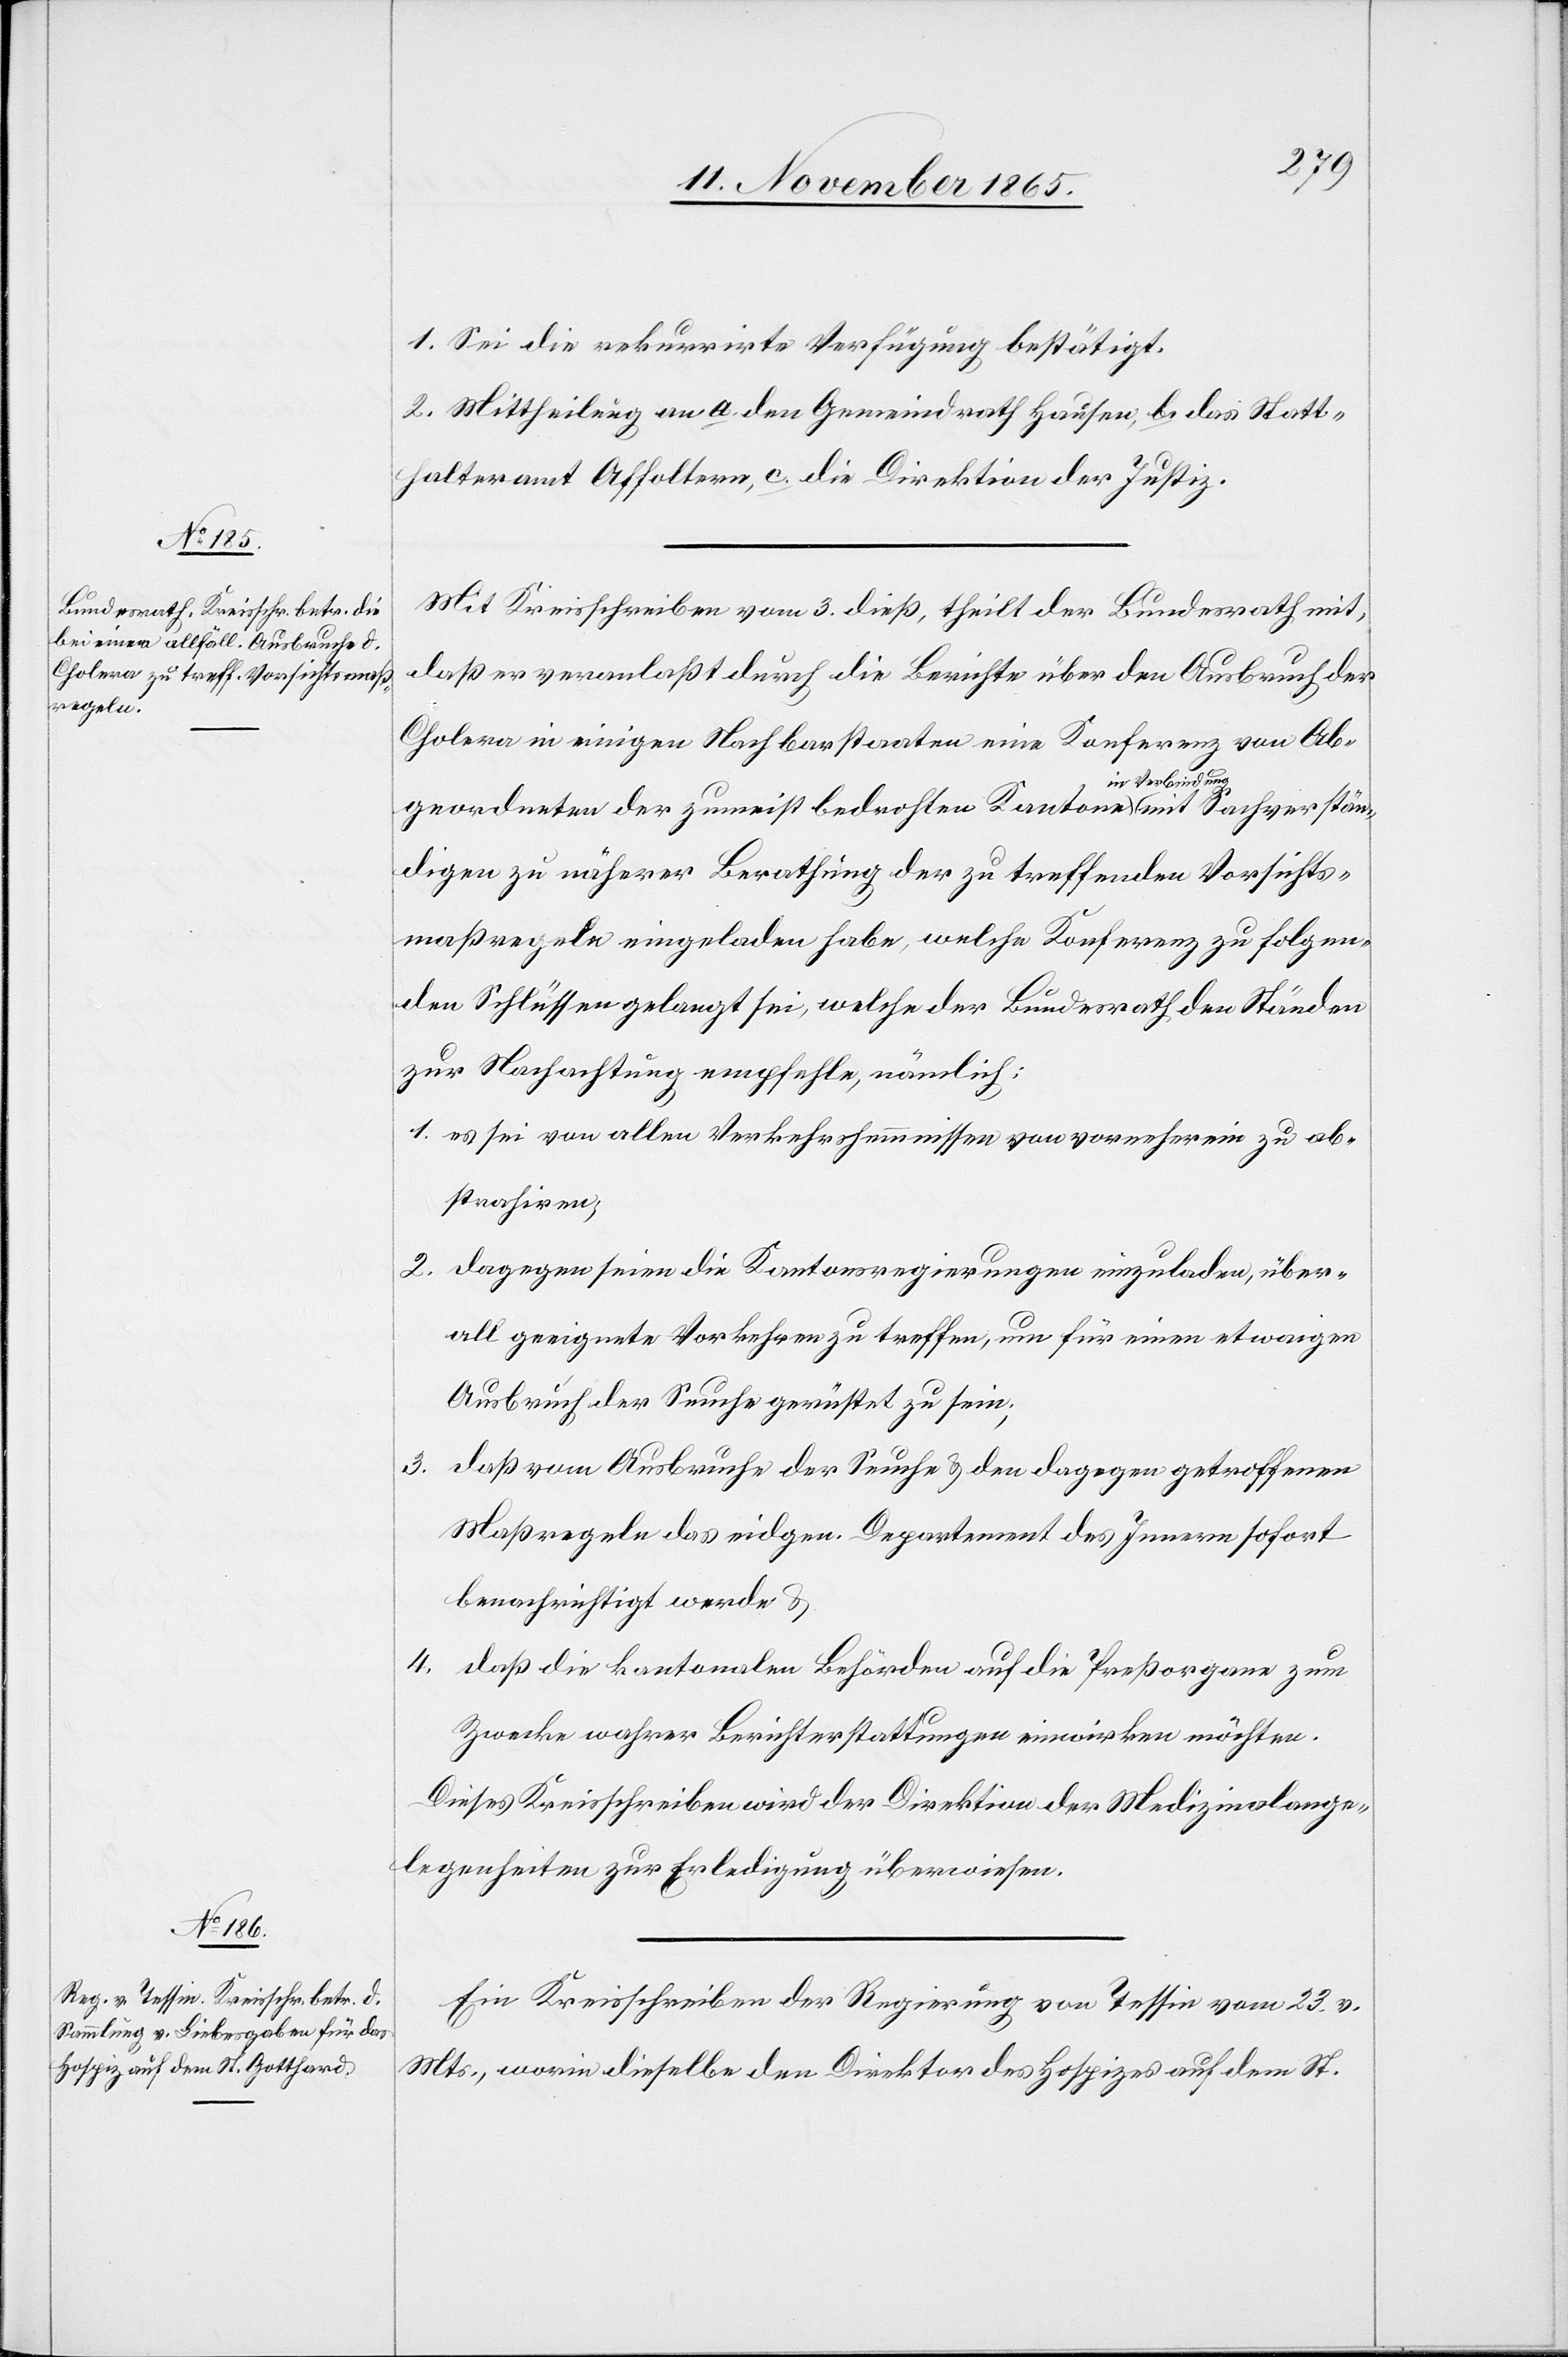
3.

1. Sei die rekurrirte Verfügung bestätigt.
2. Mittheilung an a. den Gemeindrath Hausen, b. das Statt¬
halteramt Affoltern, c. die Direktion der Justiz.
Mit Kreisschreiben vom 3. dieß, theilt der Bundesrath mit,
daß er veranlasst durch die Berichte über den Ausbruch der
Cholera in einigen Nachbarstaaten eine Konferenz von Ab¬
mit Sachverstän¬
geordneten der zumeist bedrohten Kantone a-in Verbin¬
digen zu näherer Berathung der zu treffenden Vorsichts¬
maßregeln eingeladen habe, welche Konferenz zu folgen¬
den Schlüssen gelangt sei, welche der Bundesrath den Ständen
zur Nachachtung empfehle, nämlich:
1. es sei von allen Verkehrshemmnissen von vornherein zu ab¬
strahiren;
2. dagegen seien die Kantonsregierungen einzuladen, über¬
all geeignete Vorkehrungen zu treffen, um für einen etwaigen
Ausbruch der Seuche gerüstet zu sein;
daß vom Ausbruche der Seuche & den dagegen getroffenen
Maßregeln das eidgen. Departement des Innern sofort
benachrichtigt werde &
4.
daß die kantonalen Behörden auf die Preßorgane zum
Zwecke wahrer Berichterstattungen einwirken möchten.
Dieses Kreisschreiben wird der Direktion der Medizinalange¬
legenheiten zur Erledigung überwiesen.
Ein Kreisschreiben der Regierung von Tessin vom 23. v.
Mts., worin dieselbe den Direktor des Hospizes auf dem St.